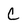
Character: C